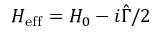
H _ { \mathrm { e f f } } = H _ { 0 } - i \hat { \Gamma } / 2